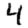
Digit: 4